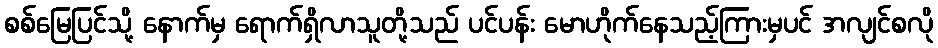
စစ်မြေပြင်သို့ နောက်မှ ရောက်ရှိလာသူတို့သည် ပင်ပန်း မောဟိုက်နေသည့်ကြားမှပင် အလျင်စလို